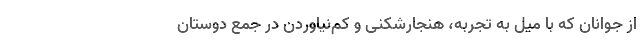
از جوانان که با میل به تجربه، هنجارشکنی و کم‌نیاوردن در جمع دوستان